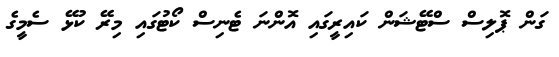
ގަން ޕޮލިސް ސްޓޭޝަން ކައިރީގައި އޮންނަ ޓެނިސް ކޯޓުގައި މިރޭ ކުޅޭ ސެމީގެ